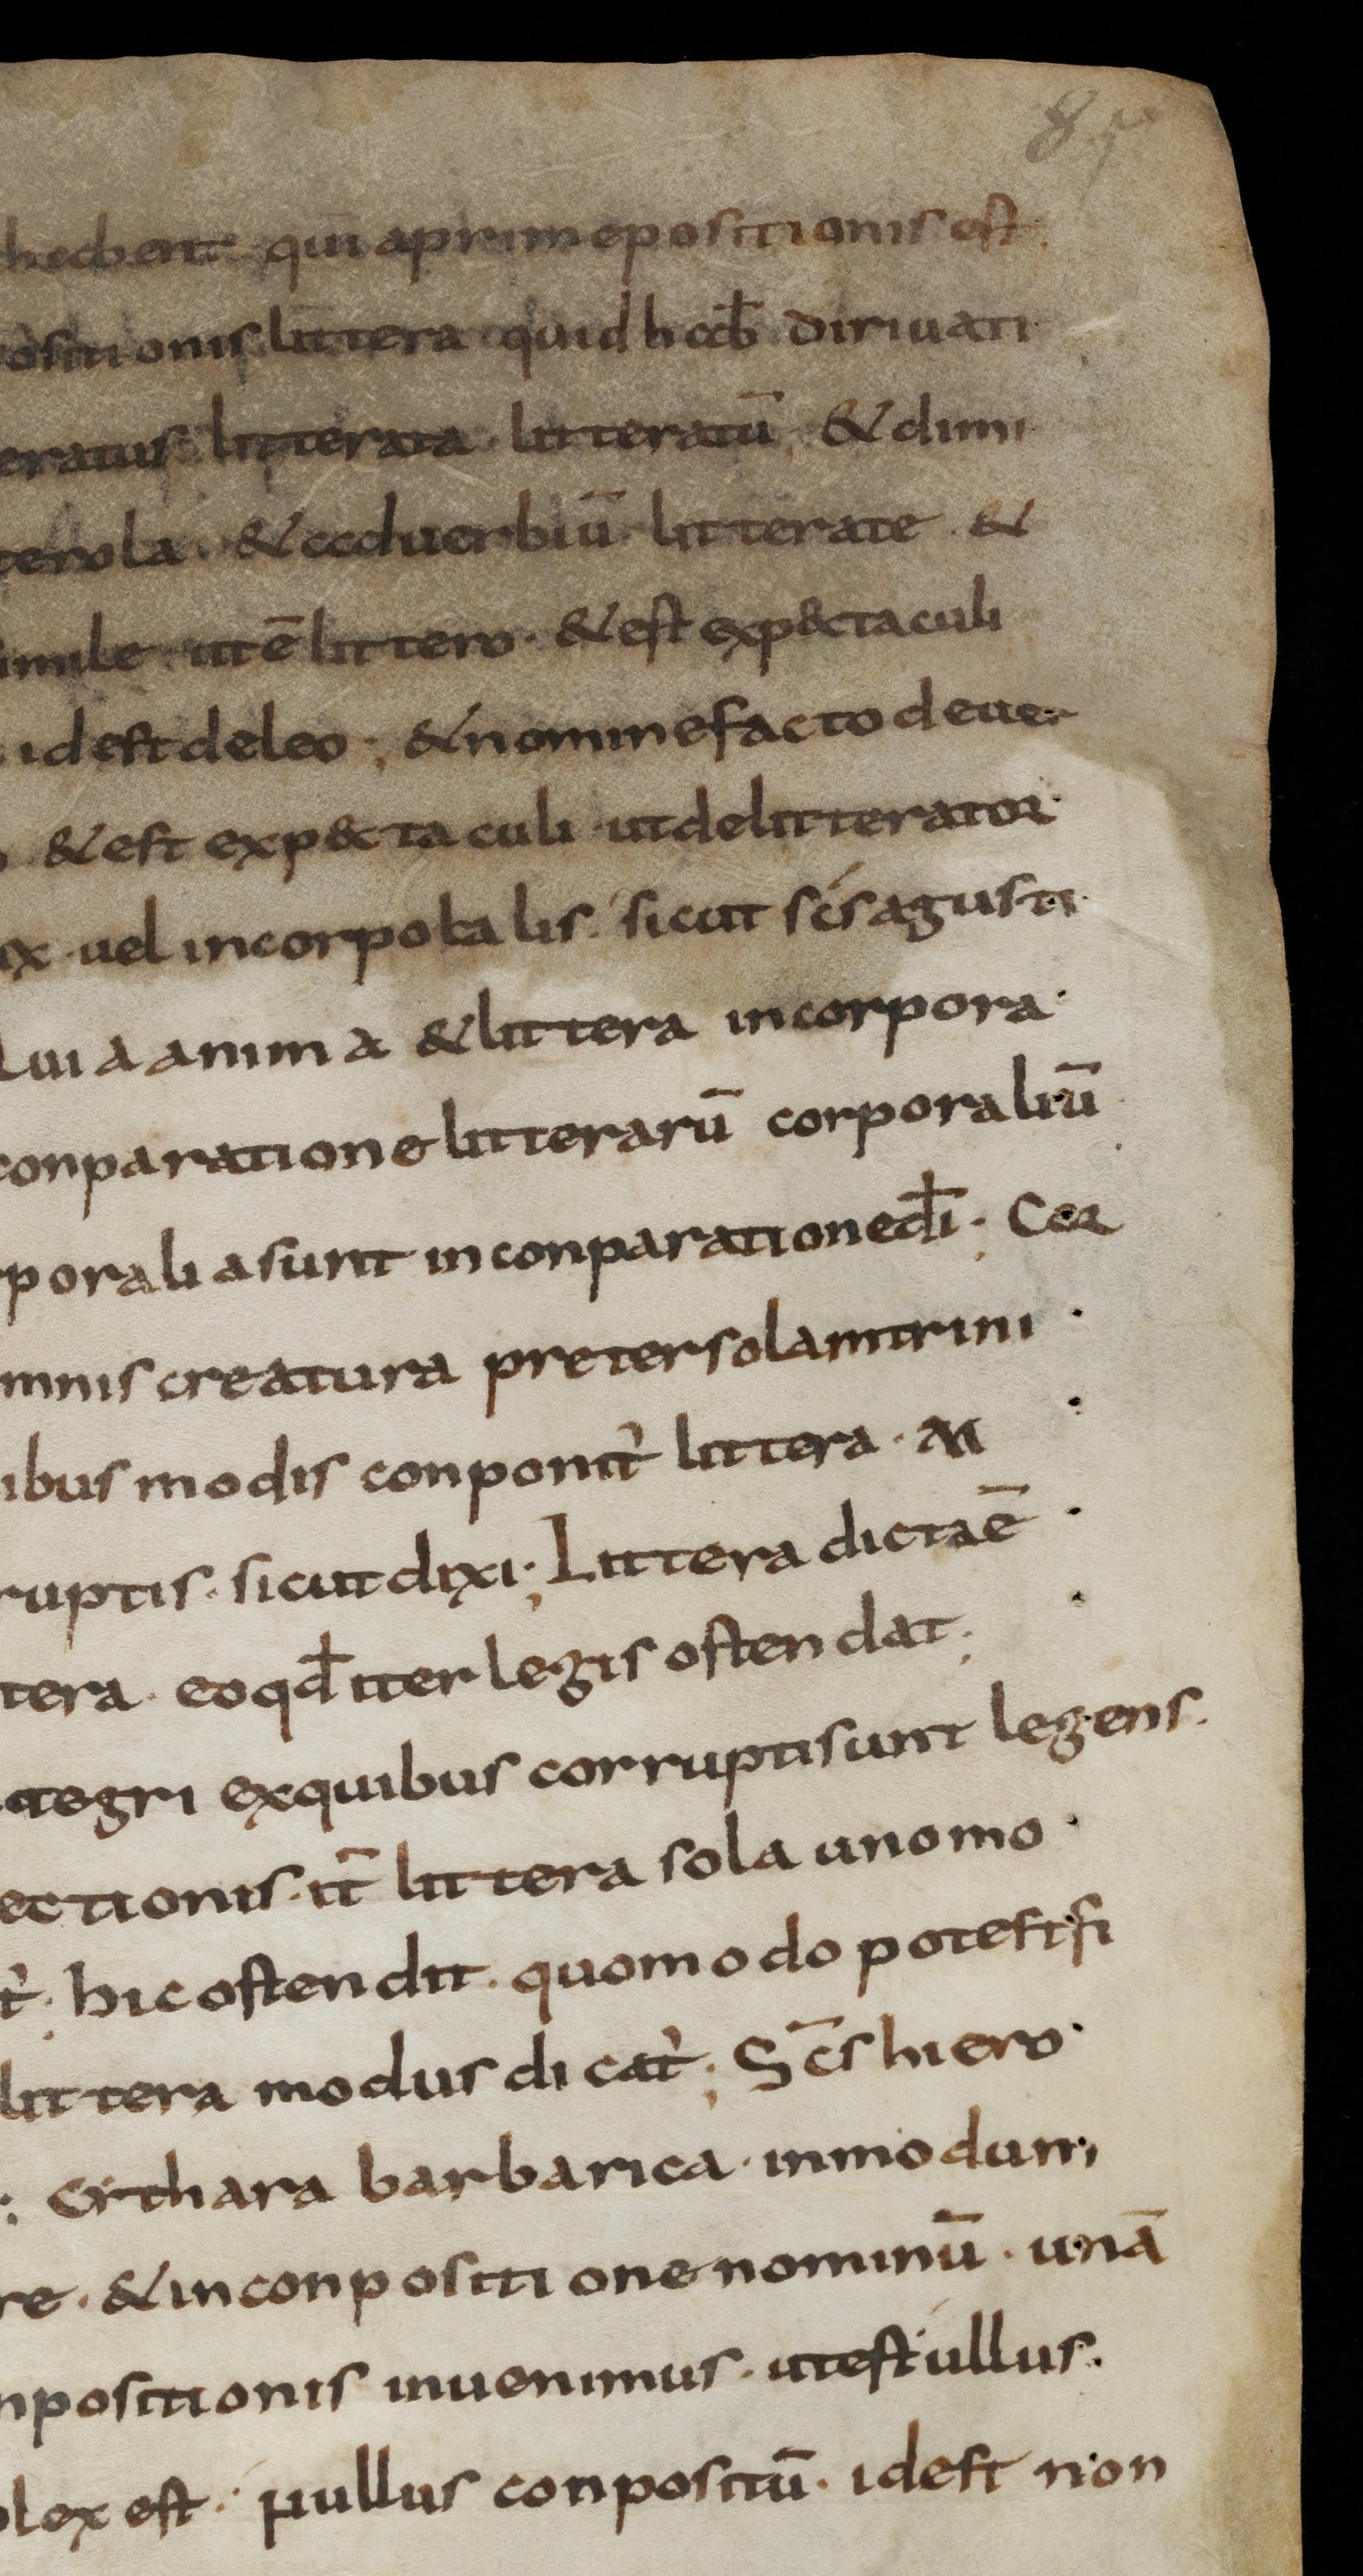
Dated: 800–899